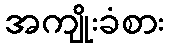
အကျိုးခံစား